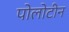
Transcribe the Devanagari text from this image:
पोलोटीन